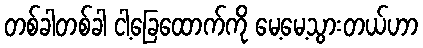
တစ်ခါတစ်ခါ ငါ့ခြေထောက်ကို မေ့မေ့သွားတယ်ဟာ